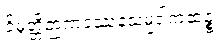
ဝိမုတ္တိဉာဏဒဿနသမ္ပဒါကထဉ္စ